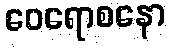
ဝေရောစနော